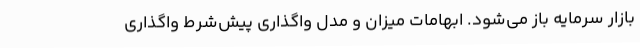
بازار سرمایه باز می‌شود. ابهامات میزان و مدل واگذاری پیش‌شرط واگذاری